Lunatic asylums in Bengal annual reports 1888-1898 - 1888-1898
Year: 1888
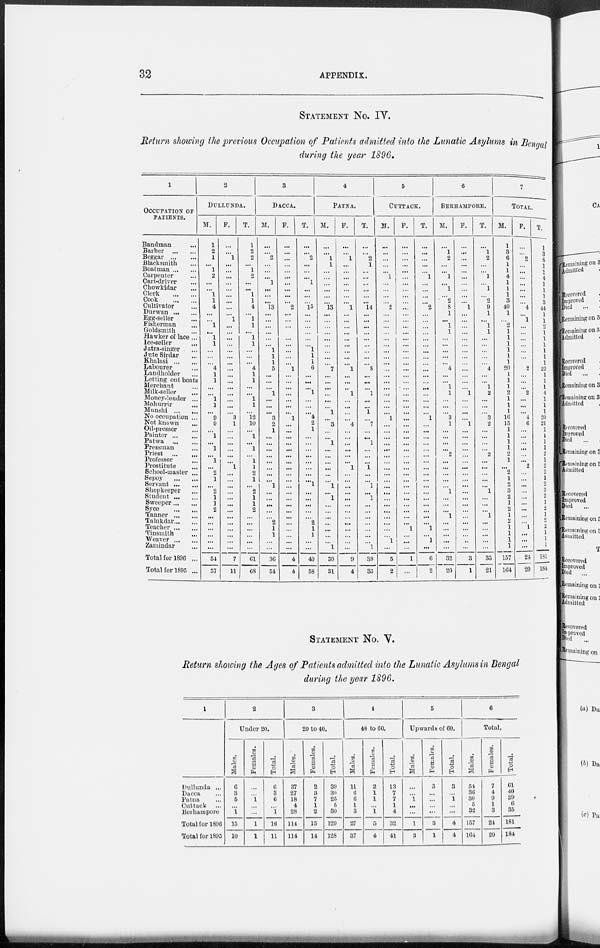
32
APPENDIX.
STATEMENT No. IV.
Return showing the previous Occupation of Patients admitted into the Lunatic Asylums in Bengal
during the year 1896.
1
OCCUPATION OF
PATIENTS.
Bandman ...
Barber
...
...
Beggar ... ...
Blacksmith ...
Boatman ... ...
Carpenter ...
Cart-driver ...
Chowkidar ...
Clerk
...
...
Cook
...
...
Cultivator ...
Durwan ... ...
Egg-seller ...
Fisherman ...
Goldsmith ...
Hawker of lace ...
Ice-seller ... ...
Jatra-singer ...
Jute Sirdar ...
Khalasi ... ...
Labourer ...
Landholder ...
Letting out boats
Merchant ...
Milk-seller ...
Money-lender ...
Mohurrir ... ...
Munshi ... ...
No occupation ...
Not known ...
Oil-presser ...
Painter ... ...
Patwa
...
...
Pressman ...
Priest
...
...
Professor ...
Prostitute ...
School-master ...
Sepoy
...
...
Servant ... ...
Shopkeeper ...
Student ... ...
Sweeper ... ...
Syce
...
...
Tanner ... ...
Talukdar ... ...
Teacher ... ...
Tinsmith ...
Weaver ... ...
Zamindar ...
Total for 1896 ...
Total for 1895 ...
2
DULLUNDA.
M.
1
2
1
...
1
2
...
...
1
1
4
...
...
1
...
1
1
...
...
...
4
1
1
...
...
1
1
...
9
9
...
1
...
1
...
1
...
2
1
...
2
1
1
2
...
...
...
...
...
...
54
57
F.
...
...
1
...
...
...
...
...
...
...
...
...
1
...
...
...
...
...
...
...
...
...
...
...
...
...
...
...
3
1
...
...
...
...
...
...
1
...
...
...
...
...
...
...
...
...
...
...
...
...
7
11
T.
1
2
2
...
1
2
...
...
1
1
4
...
1
1
...
1
1
...
...
...
4
1
1
...
...
1
1
...
12
10
...
1
...
1
...
1
1
2
1
...
2
1
1
2
...
...
...
...
...
...
61
68
3
DACCA.
M.
...
...
2
...
...
...
1
...
...
...
13
...
...
...
...
...
...
1
1
1
5
...
...
...
1
...
...
...
3
2
1
...
...
...
...
...
...
...
...
1
...
...
...
...
...
2
1
1
...
...
36
54
F.
...
...
...
...
...
...
...
...
...
...
2
...
...
...
...
...
...
...
...
...
1
...
...
...
...
...
...
...
1
...
...
...
...
...
...
...
...
...
...
...
...
...
...
...
...
...
...
...
...
...
4
4
T.
...
...
2
...
...
...
1
...
...
...
15
...
...
...
...
...
...
1
1
1
6
...
...
...
1
...
...
...
4
2
1
...
...
...
...
...
...
...
...
1
...
...
...
...
...
2
1
1
...
...
40
58
4
PATNA.
M.
...
...
1
1
...
...
...
...
...
...
13
...
...
...
...
...
...
...
...
...
7
...
...
...
...
...
...
1
...
3
...
...
1
...
...
...
...
...
...
1
...
1
...
...
...
...
...
...
...
1
30
31
F.
...
...
1
...
...
...
...
...
...
...
1
...
...
...
...
...
...
...
...
...
1
...
...
...
1
...
...
...
...
4
...
...
...
...
...
...
1
...
...
...
...
...
...
...
...
...
...
...
...
...
9
4
T.
...
...
2
1
...
...
...
...
...
...
l4
...
...
...
...
...
...
...
...
...
8
...
...
...
1
...
...
1
...
7
...
...
1
...
...
...
1
...
...
1
...
1
...
...
...
...
...
...
...
1
39
35
5
CUTTACK.
M.
...
...
...
...
...
l
...
...
...
...
2
...
...
...
...
...
...
...
...
...
...
...
...
...
...
...
...
...
1
...
...
...
...
...
...
...
...
...
...
...
...
...
...
...
...
...
...
...
1
...
5
2
F.
...
...
...
...
...
...
...
...
...
...
...
...
...
...
...
...
...
...
...
...
...
...
...
...
...
...
...
...
...
...
...
...
...
...
...
...
...
...
...
...
...
...
...
...
...
...
1
...
...
...
1
...
T.
...
.....
...
...
...
l
...
...
...
...
2
...
...
...
...
...
...
...
...
...
...
...
...
...
...
...
...
...
1
...
...
...
...
...
...
...
...
...
...
...
...
...
...
...
...
...
1
...
1
...
6
2
6
BERHAMPORE.
M.
...
l
2
...
...
1
... 1
...
2
8
1
...
1
1
...
...
...
...
...
4
...
...
1
1
...
...
...
3
1
...
...
...
...
2
...
...
...
...
...
l
...
...
...
1
...
...
...
...
...
32
20
F.
...
...
...
...
...
...
...
...
...
...
1
...
...
...
...
...
...
...
...
...
...
...
...
...
1
...
...
...
...
1
...
...
...
...
...
...
...
...
...
...
...
...
...
...
...
...
...
...
...
...
3
1
T.
...
1
2
...
...
1
... 1
...
2
9
1
...
1
1
...
...
...
...
...
4
...
...
1
2
...
...
...
3
2
...
...
...
...
2
...
...
...
...
...
1
...
...
...
1
...
...
...
...
...
35
21
7
TOTAL.
M.
1
3
6
1
1
4
1
1
1
3
40
1
...
2
1
1
1
1
1
1
20
1
1
1
2
1
1
1
16
15
1
1
1
1
2
1
...
2
1
2
3
2
1
2
1
2
1
1
1
1
157
164
F.
...
...
2
...
...
...
...
...
...
...
4
...
1
...
...
...
...
...
...
...
2
...
...
...
2
...
...
...
4
6
...
...
...
...
...
...
2
...
...
...
...
...
...
...
...
...
1
...
...
...
24
20
T.
1
3
8
1
1
4
1
1
1
3
44
1
1
2
1
1
1
1
1
1
22
1
1
1
4
1
1
1
20
21
1
1
1
1
2
1
2
2
1
2
3
2
1
2
1
2
2
1
1
1
181
184
STATEMENT No. V.
Return showing the Ages of Patients admitted into the Lunatic Asylums in Bengal
during the year 1896.
1
Dullunda ...
Dacca ...
Patna ...
Cuttack ...
Berhampore
Total for 1896
Total for 1895
2
Under 20.
Males.
6
3
5
...
1
15
10
Females.
...
...
1
...
...
1
1
Total.
6
3
6
...
1
16
11
3
20 to 40.
Males.
37
27
18
4
28
114
114
Females.
2
3
7
1
2
15
14
Total.
39
30
25
5
30
129
128
4
40 to 60.
Males.
11
6
6
1
3
27
37
Females.
2
1
1
...
1
5
4
Total.
13
7
7
1
4
32
41
5
Upwards of 60.
Males.
...
...
1
...
...
1
3
Females.
3
...
...
...
...
3
1
Total.
3
...
1
...
...
4
4
6
Total
Males.
54
36
30
5
32
157
164
Females.
7
4
9
1
3
21
20
Total.
61
40
39
6
35
181
184